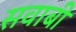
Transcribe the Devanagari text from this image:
सवाबी